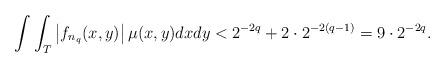
LaTeX: \begin{align*}\int\int_T \left| f_{n_q}(x,y)\right| \mu(x,y)dxdy< 2^{-2q}+2\cdot 2^{-2(q-1)}=9\cdot 2^{-2q}.\end{align*}